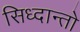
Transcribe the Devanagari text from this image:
सिध्दान्तो